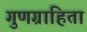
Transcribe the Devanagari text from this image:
गुणग्राहिता